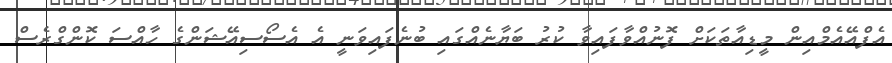
އެފްއޭއެމްއިން މީޑިއާތަކަށް ފޮނުއްވާފައިވާ ކުރު ބަޔާނެއްގައި ބުނެފައިވަނީ އެ އެސޯސިއޭޝަންގެ ހާއްސަ ކޮންގްރެސް